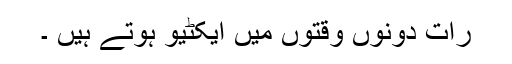
رات دونوں وقتوں میں ایکٹیو ہوتے ہیں ۔